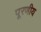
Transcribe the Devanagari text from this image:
पूरणीय